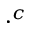
\cdot ^ { c }